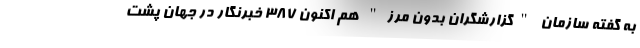
به گفته سازمان "گزارشگران بدون مرز" هم اکنون ۳۸۷ خبرنگار در جهان پشت‌